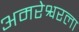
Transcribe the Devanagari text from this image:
अमरेश्वरला